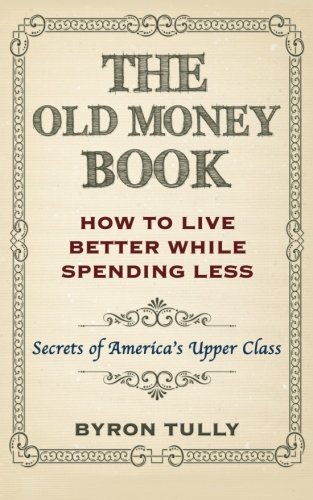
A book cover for The Old Money Book: How To Live Better While Spending Less: Secrets of America's Upper Class; Byron Tully; Business & Money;